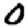
Digit: 0